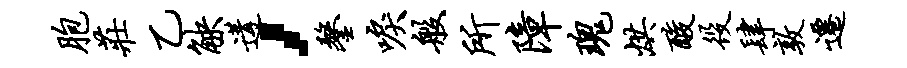
胞庄乙觖遘，鏊唳般所障瑰烘酸役肆敦迁